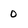
Character: 0